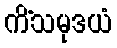
ကိံသမုဒယံ